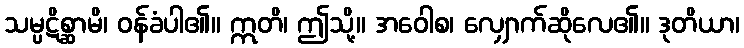
သမ္ပဋိစ္ဆာမိ၊ ဝန်ခံပါ၏။ ဣတိ၊ ဤသို့။ အဝေါစ၊ လျှောက်ဆိုလေ၏။ ဒုတိယာ၊